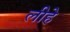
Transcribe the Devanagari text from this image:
लीहे